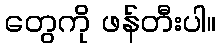
တွေကို ဖန်တီးပါ။